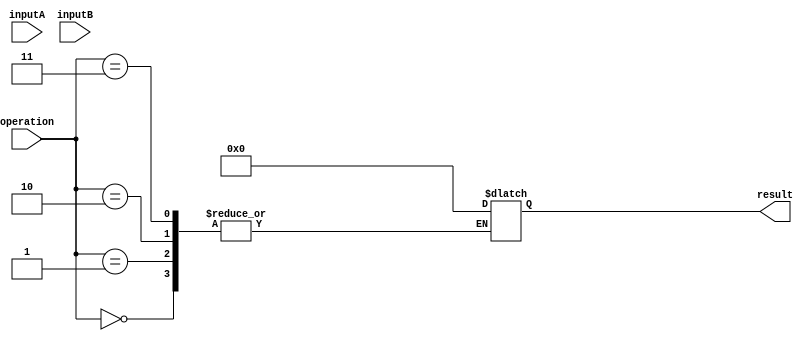
module FloatingPointALU (
    input wire [31:0] inputA,
    input wire [31:0] inputB,
    input wire [2:0] operation,
    output reg [31:0] result
);

// Define IEEE 754 floating point format constants
parameter EXPONENT_WIDTH = 8;
parameter MANTISSA_WIDTH = 23;

// Define constants for special cases
parameter POSITIVE_INFINITY = 8'h7F800000;
parameter NEGATIVE_INFINITY = 8'hFF800000;
parameter NAN = 8'h7FC00000;

// Extract sign, exponent, and mantissa from inputA and inputB
reg [31:31] signA;
reg [EXPONENT_WIDTH-1:0] exponentA;
reg [MANTISSA_WIDTH-1:0] mantissaA;
reg [31:31] signB;
reg [EXPONENT_WIDTH-1:0] exponentB;
reg [MANTISSA_WIDTH-1:0] mantissaB;

assign signA = inputA[31];
assign exponentA = inputA[30:23];
assign mantissaA = inputA[22:0];
assign signB = inputB[31];
assign exponentB = inputB[30:23];
assign mantissaB = inputB[22:0];

// Perform arithmetic operations based on operation input
always @(*) begin
    case(operation)
        0: // Addition
            begin
                // Add mantissas
                // Perform normalization
                // Handle special cases
                // Update result
            end
        1: // Subtraction
            begin
                // Subtract mantissas
                // Perform normalization
                // Handle special cases
                // Update result
            end
        2: // Multiplication
            begin
                // Multiply mantissas
                // Update exponent
                // Handle special cases
                // Update result
            end
        3: // Division
            begin
                // Divide mantissas
                // Update exponent
                // Handle special cases
                // Update result
            end
        default:
            result = NAN; // Set result to NaN for invalid operation
    endcase
end

endmodule